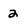
Character: 2